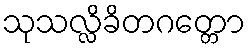
သုသလ္လိခိတဂတ္တော